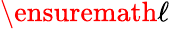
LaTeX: \ensuremath{\ell}